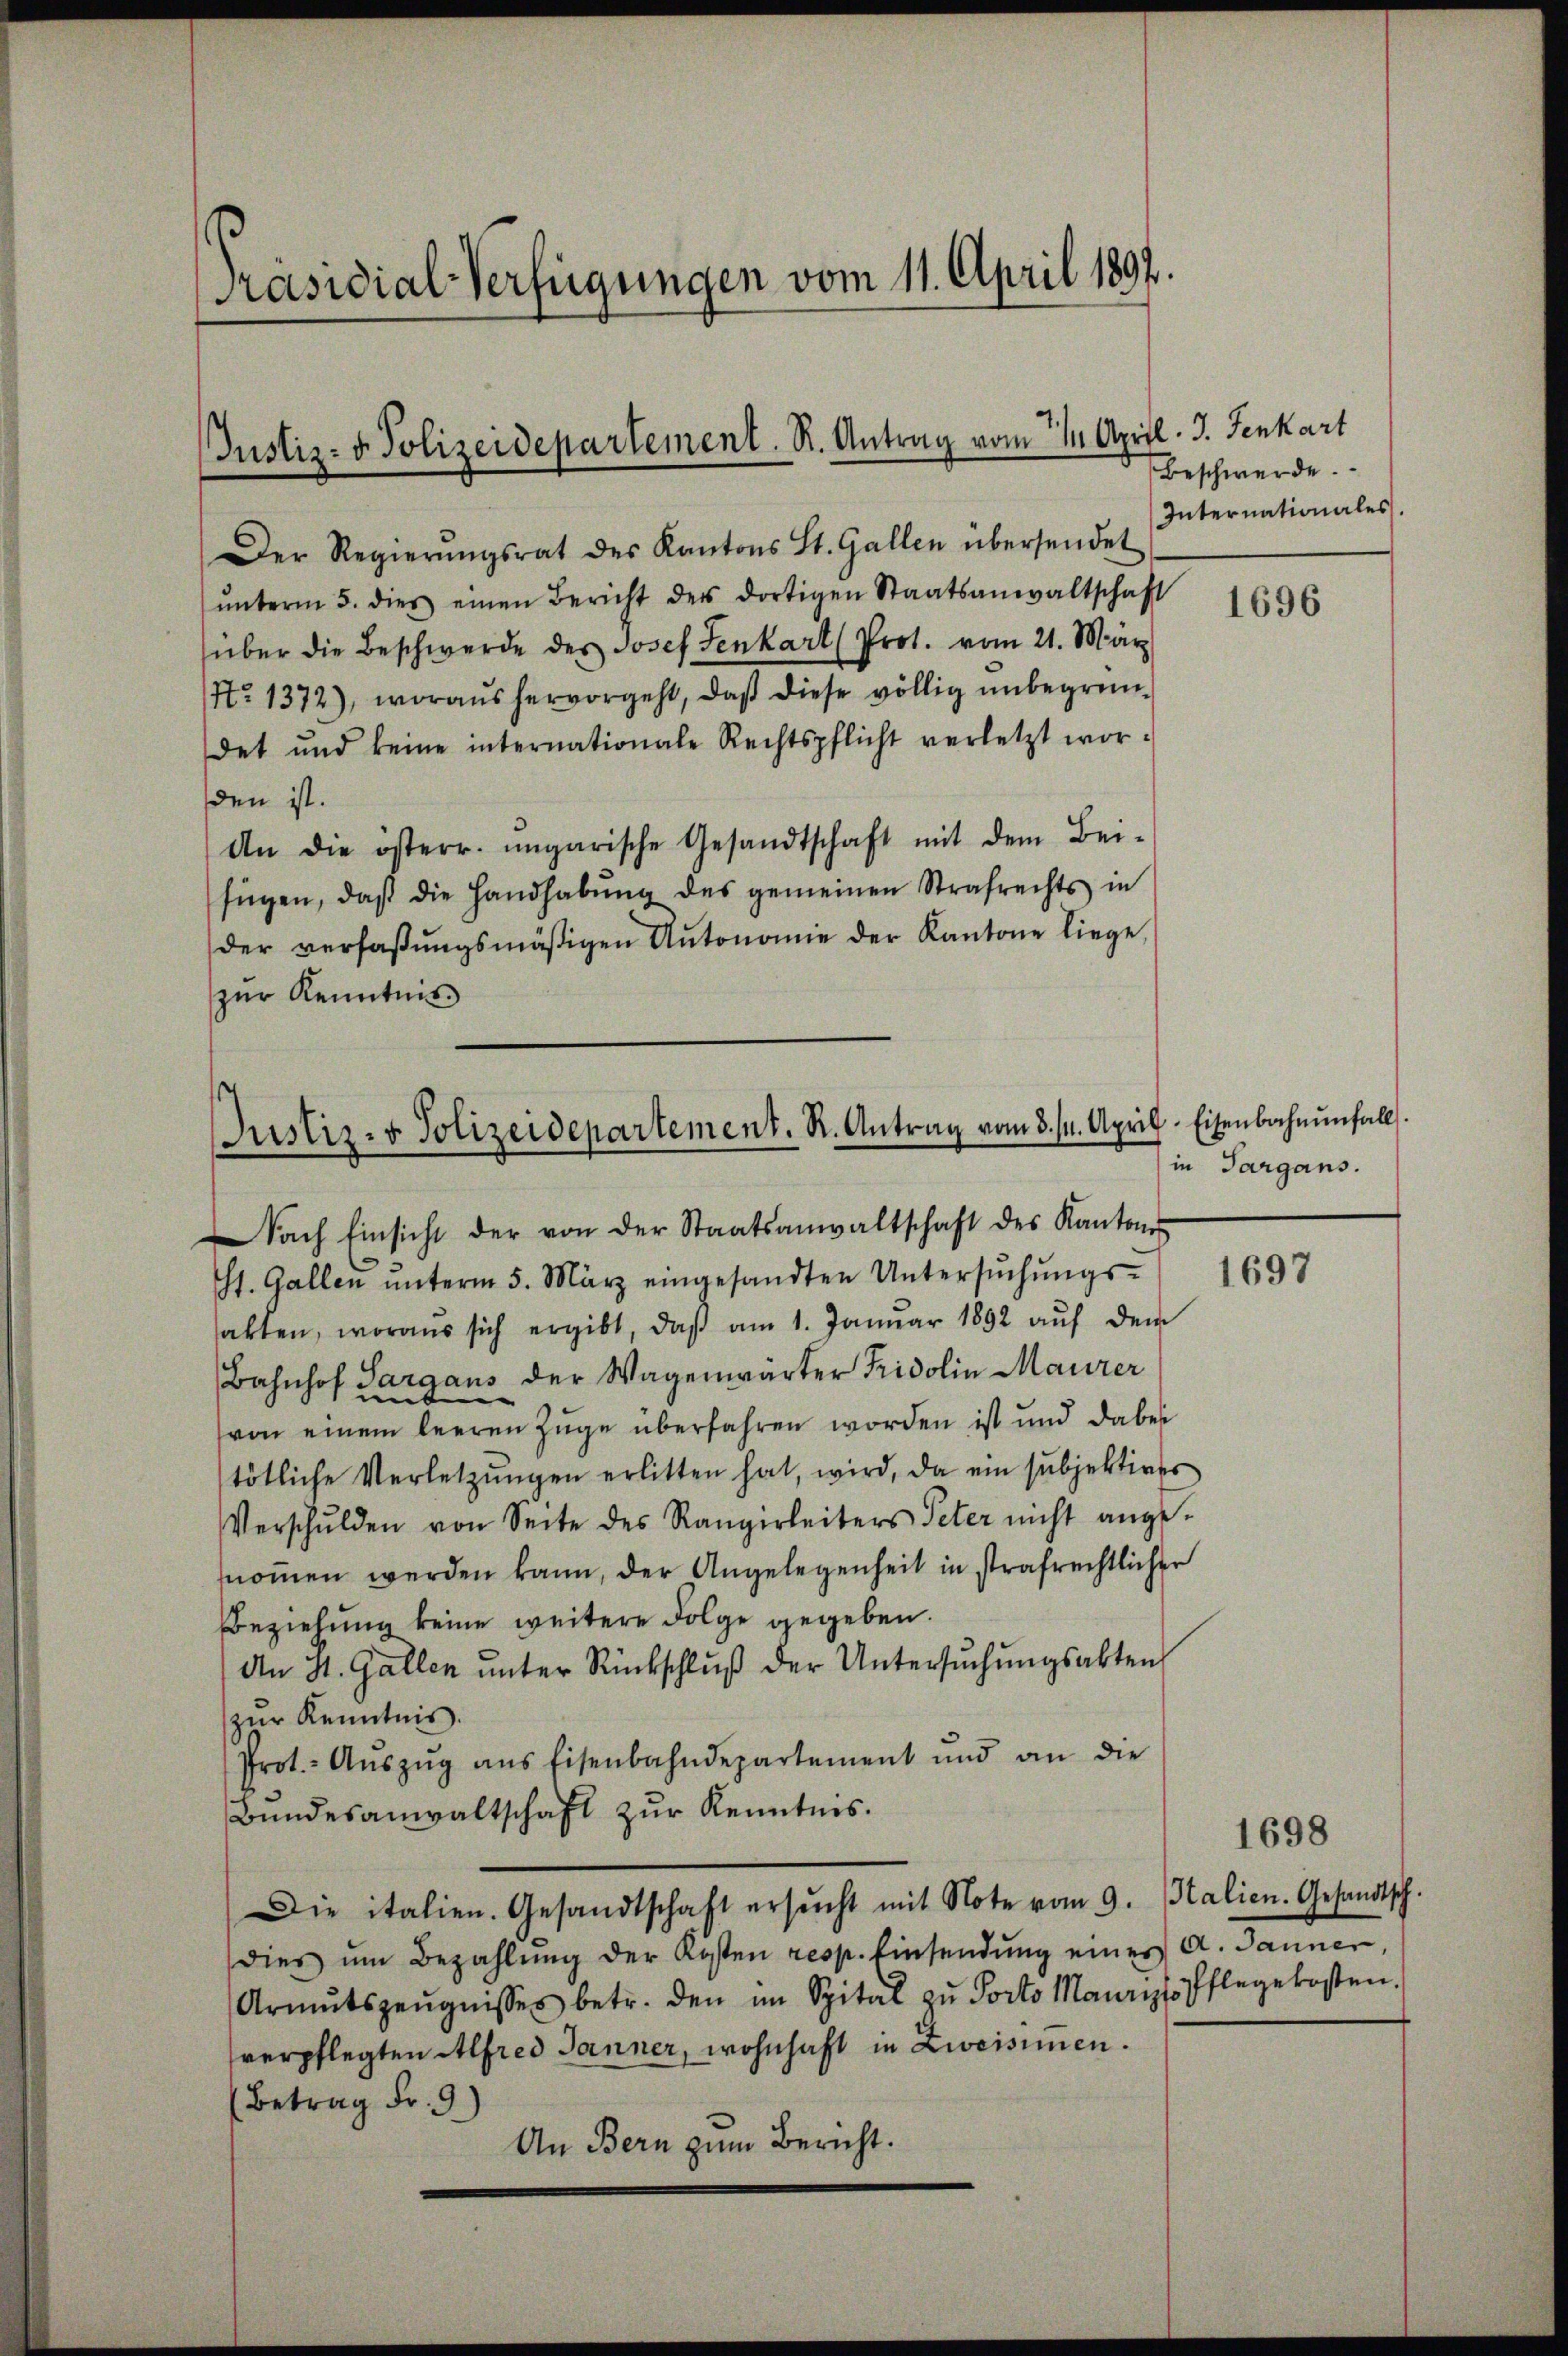
[Präsidial-Verfügungen vom 11. April 1897.

Justiz- & Polizeidepartement. R. Antrag vom 11. April. J. Fenkart

Justiz- & Polizeidepartement. R. Antrag vom 8. 14. April Eisenbahnŭnfalls.

Der Regierŭngsrat des Kantons St. Gallen übersendet
ŭnterm 5. dies einen Bericht des dortigen Staatsanwaltschaft
über die Beschwerde des Josef Senkart (Prot. vom 21. März
No 1372), woraus hervorgeht, daβ diese völlig ŭnbegrün-
det und keine internationale Rechtspflicht verletzt wor-
den ist.
An die österr. ungarische Gesandtschaft mit dem Bei-
fügen, daβ die Handhabŭng des gemeinen Strafrechts in
der verfaßungsmäßigen Autonomie der Kantone liege,
zur Kenntnis

Nach Einsicht der von der Staatsanwaltschaft des Kanton
t. Gallen ŭnterm 5. März eingesandten Untersŭchŭngs-
akten, woraus sich ergibt, daβ am 1. Janŭar 1892 aŭf dem
Bahnhof Sargaus der Wagenwärter Fridolin Maurer
von einem leeren Züge überfahren worden ist und dabei
tötliche Verletzŭngen erlitten hat, wird, da ein subjektives
Verschulden von Seite des Rangerleiters Peter nicht ange-
nommen werden kann, der Angelegenheit in strafrechtlicher
Beziehung keine weitere Folge gegeben.
An H. Gallen ŭnter Rückschlŭβ der Untersŭchŭngsakten
zur Kenntnis.
Prot.- Aŭszŭg ans Eisenbahndepartement und an die
Bundesanwaltschaft zur Kenntnis.
Die italien. Gesandtschaft ersŭcht mit Note vom 9. Italien. Gesandtsch.
dies um Bezahlung der Kosten resp. Einsendung eines A. Janner
Armŭtszeŭgnisses betr. den im Spital zŭ Porto Maure Pflegekosten.
verpflegten Alfred Jänner, wohnhaft in Zweisinen.
(Betrag Fr. 9)
An Bern zum Bericht.

Beschwerde.
Internationales.

1696

in Targans.

1697

1698